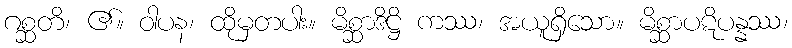
ဂစ္ဆတိ၊ ၏။ ဝါပန၊ ထိုမှတပါး။ မိစ္ဆာဒိဋ္ဌိ ကဿ၊ အယူရှိသော။ မိစ္ဆာပဋိပန္နဿ၊